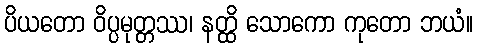
ပိယတော ဝိပ္ပမုတ္တဿ၊ နတ္ထိ သောကော ကုတော ဘယံ။